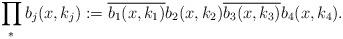
LaTeX: \begin{align*}\prod_\ast b_j(x,k_j) := \overline{b_1(x,k_1)} b_2(x,k_2) \overline{b_3(x,k_3)} b_4(x,k_4).\end{align*}